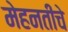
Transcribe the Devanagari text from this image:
मेहनतीचे